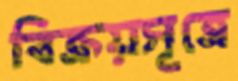
বিক্রয়সূত্রে